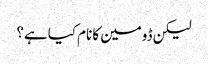
لیکن ڈومین کا نام کیا ہے؟